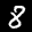
Label: 8